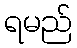
ရမည်